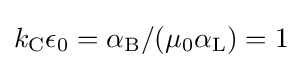
k_{\rm {C}}\epsilon _{0}=\alpha _{\rm {B}}/(\mu _{0}\alpha _{\rm {L}})=1